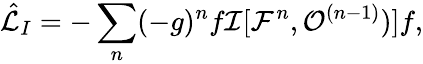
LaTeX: {\hat{\cal L}}_{I}=-\sum_{n}(-g)^{n}f{\cal I}[{\cal F}^{n},{\cal O}^{(n-1)})]f,